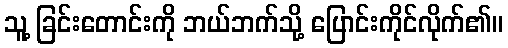
သူ့ ခြင်းတောင်းကို ဘယ်ဘက်သို့ ပြောင်းကိုင်လိုက်၏။